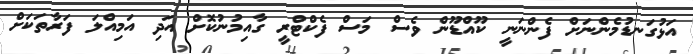
އަޅުގަނޑުމެންނަށް ފެންނަނީ ކޫއްޑޫން ވެސް މަސް ފެކްޓްރީ ގާއިމުނުކޮށް އަދި އަމިއްލަ ފަރާތަކަށް